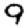
Digit: 9